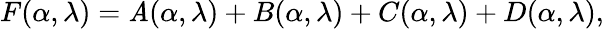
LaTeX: F(\alpha,\lambda)=\mathit{A}(\alpha,\lambda)+B(\alpha,\lambda)+C(\alpha,\lambda)+D(\alpha,\lambda),